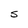
Character: S